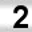
Digit: 2